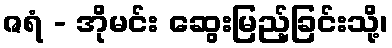
ဇရံ - အိုမင်း ဆွေးမြည့်ခြင်းသို့၊